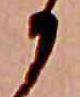
か